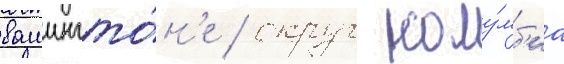
вашингто́н'е / округ колу́мб'иа